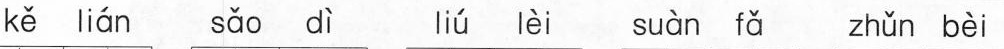
kě ián sǔa dì liú lèi suàn fǎ zhǔn bèi